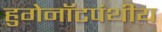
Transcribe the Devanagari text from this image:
हुगेनॉटपंथीय